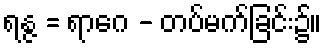
ရန္ဇ = ရာဂေ - တပ်မက်ခြင်း၌။